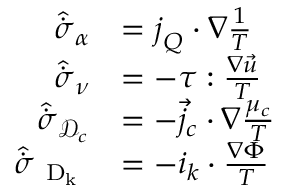
\begin{array} { r l } { \hat { \dot { \sigma } } _ { \alpha } } & { = \boldsymbol { j } _ { Q } \cdot { \nabla } { \frac { 1 } { T } } } \\ { \hat { \dot { \sigma } } _ { \nu } } & { = - \boldsymbol { \tau } : \frac { \nabla \vec { u } } { T } } \\ { \hat { \dot { \sigma } } _ { \mathcal { D } _ { c } } } & { = - { \vec { j } _ { c } } \cdot { \nabla } \frac { \mu _ { c } } { T } } \\ { \hat { \dot { \sigma } } _ { \mathrm { ~ D _ k ~ } } } & { = - \boldsymbol { i } _ { k } \cdot \frac { \nabla \Phi } { T } } \end{array}